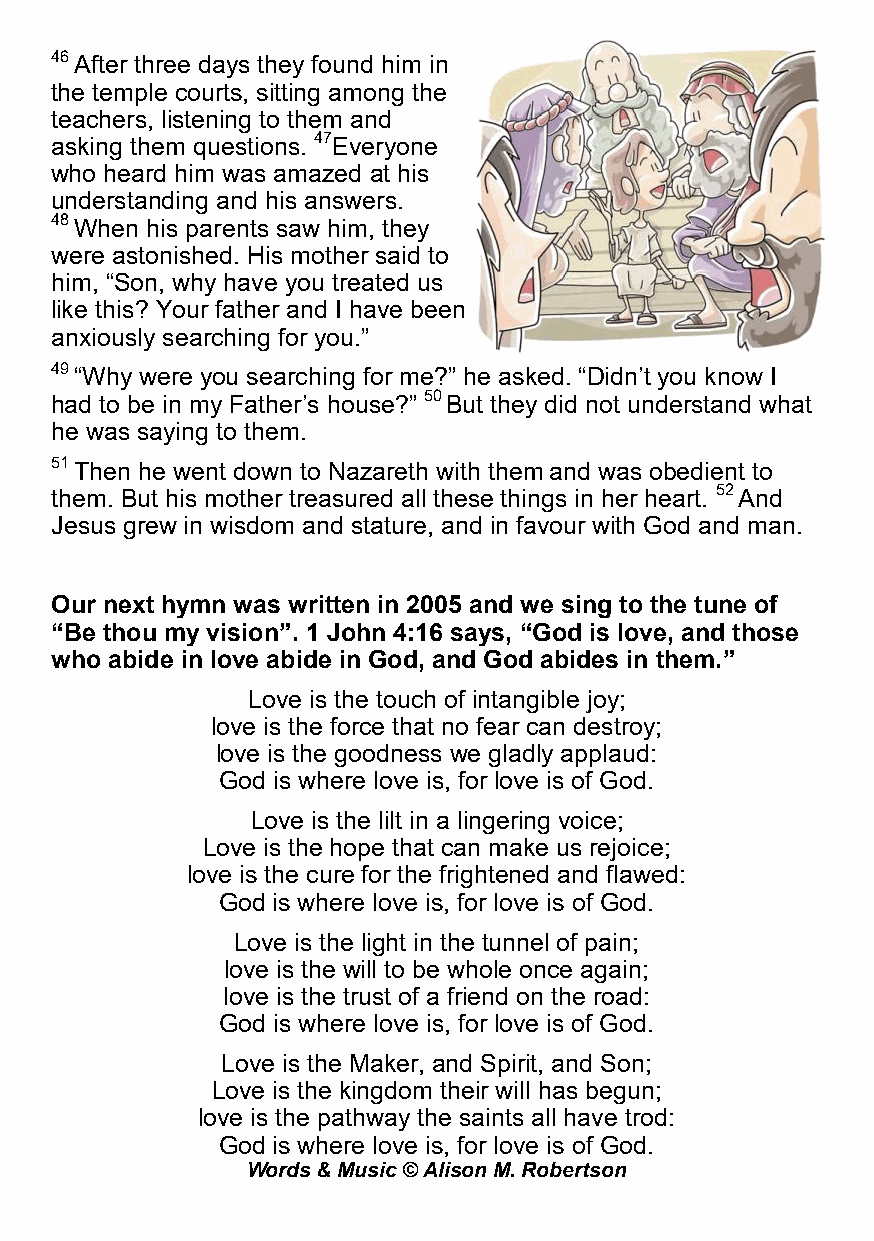
46 After three days they found him in
 the temple courts, sitting among the
 teachers, listening to them and
 asking them questions. 47Everyone
 who heard him was amazed at his
 understanding and his answers.
 48 When his parents saw him, they
 were astonished. His mother said to
 him, “Son, why have you treated us
 like this? Your father and I have been
 anxiously searching for you.”
 49 “Why were you searching for me?” he asked. “Didn’t you know I
 had to be in my Father’s house?” 50 But they did not understand what
 he was saying to them.
 51 Then he went down to Nazareth with them and was obedient to
 them. But his mother treasured all these things in her heart. 52 And
 Jesus grew in wisdom and stature, and in favour with God and man.
 Our next hymn was written in 2005 and we sing to the tune of
 “Be thou my vision”. 1 John 4:16 says, “God is love, and those
 who abide in love abide in God, and God abides in them.”
 Love is the touch of intangible joy;
 love is the force that no fear can destroy;
 love is the goodness we gladly applaud:
 God is where love is, for love is of God.
 Love is the lilt in a lingering voice;
 Love is the hope that can make us rejoice;
 love is the cure for the frightened and flawed:
 God is where love is, for love is of God.
 Love is the light in the tunnel of pain;
 love is the will to be whole once again;
 love is the trust of a friend on the road:
 God is where love is, for love is of God.
 Love is the Maker, and Spirit, and Son;
 Love is the kingdom their will has begun;
 love is the pathway the saints all have trod:
 God is where love is, for love is of God.
 Words & Music © Alison M. Robertson